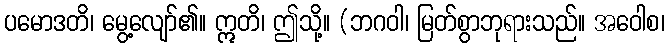
ပမောဒတိ၊ မွေ့လျော်၏။ ဣတိ၊ ဤသို့။ (ဘဂဝါ၊ မြတ်စွာဘုရားသည်။ အဝေါစ၊